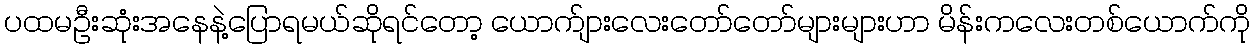
ပထမဦးဆုံးအနေနဲ့ပြောရမယ်ဆိုရင်တော့ ယောက်ျားလေးတော်တော်များများဟာ မိန်းကလေးတစ်ယောက်ကို